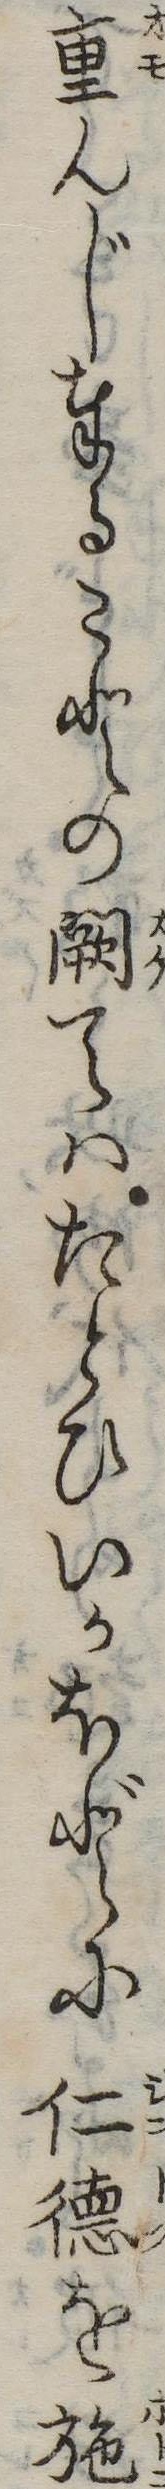
重んじ奉ることの闕てはたとひいかほどに仁徳を施